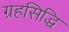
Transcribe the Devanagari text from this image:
ग्रहसिद्धि